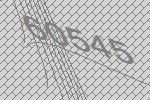
60545